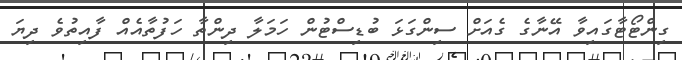
ގިންޓޯޓާގަައިވާ އޭނާގެ ގެއަށް ސިންގަޅަ ބުޑިސްޓުން ހަމަލާ ދިންތާ ހަފުތާއެއް ފާއިތުވެ ދިޔަ